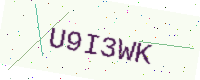
Text: U9I3WK